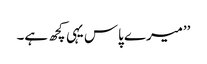
’’میرے پاس یہی کچھ ہے۔